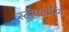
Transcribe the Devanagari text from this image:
स्टीवडोरिंग